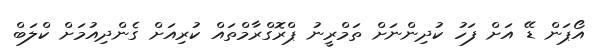
އޯޕަން ޑޭ އަށް ފަހު ކުދިންނަށް ތަމްރީނު ޕްރޮގްރާމްތައް ކުރިއަށް ގެންދިއުމަށް ކްލަބް